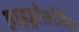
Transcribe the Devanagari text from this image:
हाइड्रोफ़ोबिक